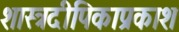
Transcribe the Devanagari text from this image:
शास्त्रदीपिकाप्रकाश